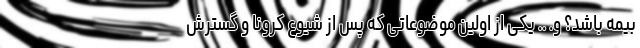
بیمه باشد؟ و. .. یکی از اولین موضوعاتی که پس از شیوع کرونا و گسترش